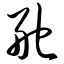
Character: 舵